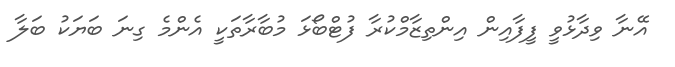
އޭނާ ވިދާޅުވީ ފީފާއިން އިންތިޒާމްކުރާ ފުޓްބޯޅަ މުބާރާތަކީ އެންމެ ގިނަ ބަޔަކު ބަލާ